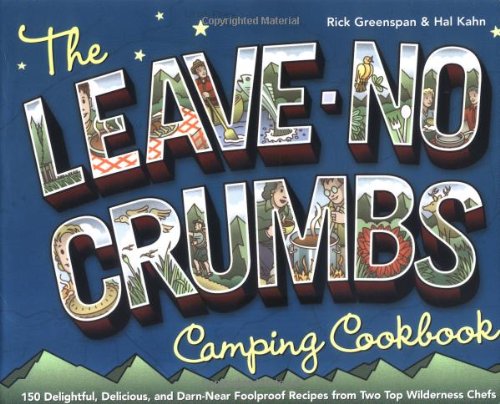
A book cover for The Leave-No-Crumbs Camping Cookbook: 150 Delightful, Delicious, and Darn-Near Foolproof Recipes from Two Top Wilderness Chefs; Rick Greenspan; Cookbooks, Food & Wine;